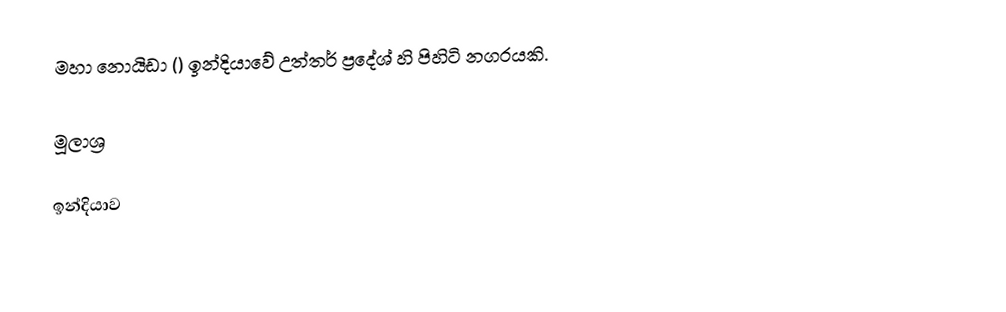
මහා නොයිඩා () ඉන්දියාවේ උත්තර් ප්‍රදේශ් හි පිහිටි නගරයකි.

මූලාශ්‍ර

ඉන්දියාව